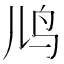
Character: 𬷼